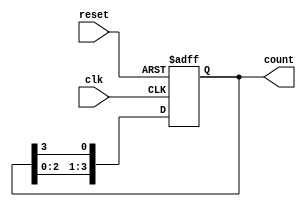
module JohnsonCounter(
    input wire clk, // Clock input
    input wire reset, // Reset input
    output reg [3:0] count // 4-bit output count
);

reg [3:0] q; // Internal register for storing count

always @(posedge clk or posedge reset) begin
    if (reset) begin
        q <= 4'b0001; // Reset count to initial value
    end else begin
        q <= {q[2:0], q[3]}; // Shift count by 1 bit to the left
    end
end

assign count = q; // Output count

endmodule